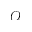
\mathcal { O }